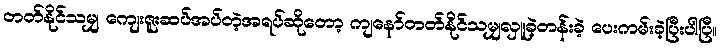
တတ်နိုင်သမျှ ကျေးဇူးဆပ်အပ်တဲ့အရပ်ဆိုတော့ ကျနော်တတ်နိုင်သမျှလှူခဲ့တန်းခဲ့ ပေးကမ်းခဲ့ပြီးပါပြီ။